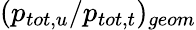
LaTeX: (p_{tot,u}/p_{tot,t})_{geom}